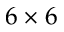
6 \times 6